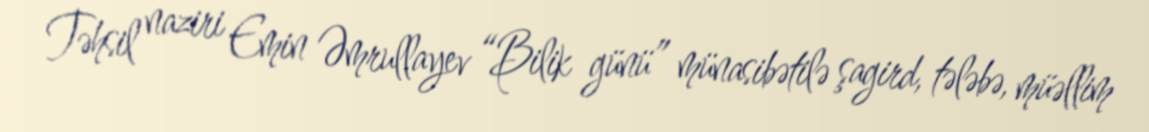
Təhsil naziri Emin Əmrullayev “Bilik günü” münasibətilə şagird, tələbə, müəllim